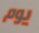
يوم